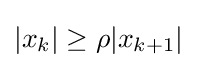
|x_{k}|\geq \rho |x_{k+1}|